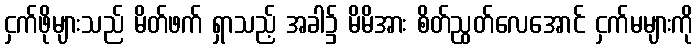
ငှက်ဖိုများသည် မိတ်ဖက် ရှာသည့် အခါ၌ မိမိအား စိတ်ညွတ်လေအောင် ငှက်မများကို